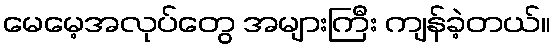
မေမေ့အလုပ်တွေ အများကြီး ကျန်ခဲ့တယ်။